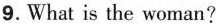
9.What is the woman?